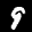
Label: 9